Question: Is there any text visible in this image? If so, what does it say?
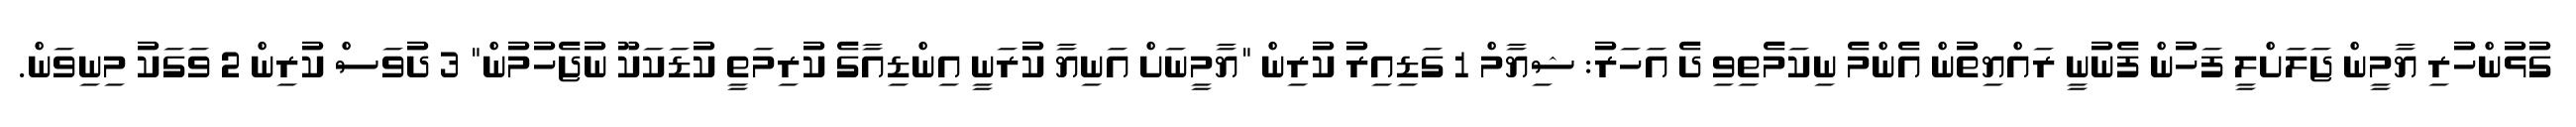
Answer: ގުޅުންހުރި ޔާމީން ޖަލަށްލީ ފަހުން ފެނުނީ ރައްޔިތުން އެންމެ ނިކަމެތިވި ދެ އަހަރު: ޝިޔާމް 1 ގަޑިއިރު ކުރިން "ޔާމީނަށް އަނިޔާ ކުރަނީ އިންޑިއާގެ ކުރިމަތީ ކުޑަކަކޫ ނުޖެހުމުން" 3 ދުވަސް ކުރިން 2 ވަގަކު މިނިވަން.